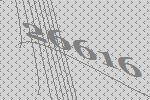
26616